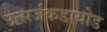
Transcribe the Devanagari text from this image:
उत्सर्जकडायोड